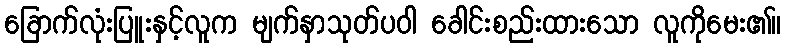
ခြောက်လုံးပြူးနှင့်လူက မျက်နှာသုတ်ပဝါ ခေါင်းစည်းထားသော လူကိုမေး၏။